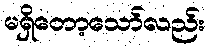
မရှိတော့သော်လည်း